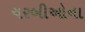
ચરબીઓના